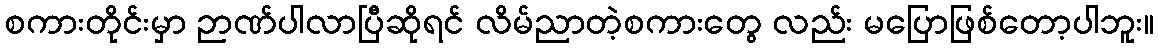
စကားတိုင်းမှာ ဉာဏ်ပါလာပြီဆိုရင် လိမ်ညာတဲ့စကားတွေ လည်း မပြောဖြစ်တော့ပါဘူး။